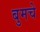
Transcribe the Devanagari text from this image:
बुमचे